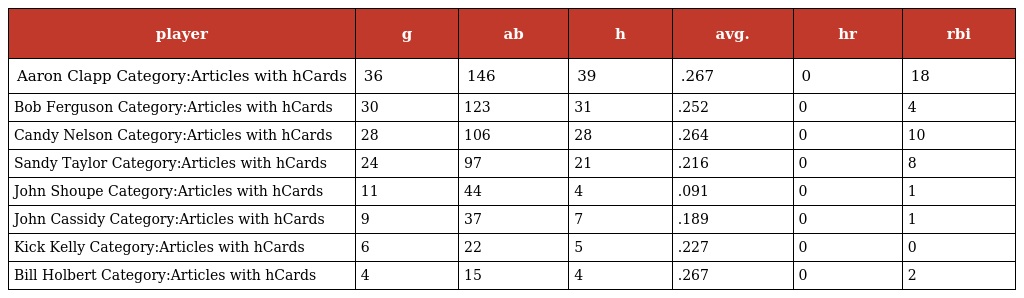
| player | g | ab | h | avg. | hr | rbi |
 | --- | --- | --- | --- | --- | --- | --- |
 | Aaron Clapp Category:Articles with hCards | 36 | 146 | 39 | .267 | 0 | 18 |
 | Bob Ferguson Category:Articles with hCards | 30 | 123 | 31 | .252 | 0 | 4 |
 | Candy Nelson Category:Articles with hCards | 28 | 106 | 28 | .264 | 0 | 10 |
 | Sandy Taylor Category:Articles with hCards | 24 | 97 | 21 | .216 | 0 | 8 |
 | John Shoupe Category:Articles with hCards | 11 | 44 | 4 | .091 | 0 | 1 |
 | John Cassidy Category:Articles with hCards | 9 | 37 | 7 | .189 | 0 | 1 |
 | Kick Kelly Category:Articles with hCards | 6 | 22 | 5 | .227 | 0 | 0 |
 | Bill Holbert Category:Articles with hCards | 4 | 15 | 4 | .267 | 0 | 2 |